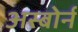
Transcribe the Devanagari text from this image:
अस्बोर्न